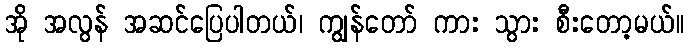
အို အလွန် အဆင်ပြေပါတယ်၊ ကျွန်တော် ကား သွား စီးတော့မယ်။